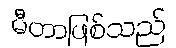
မီတာဖြစ်သည်